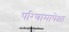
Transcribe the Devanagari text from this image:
परिणामापेक्षा